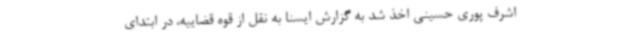
اشرف پوری حسینی اخذ شد به گزارش ایسنا به نقل از قوه قضاییه، در ابتدای